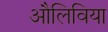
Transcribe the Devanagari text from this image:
औलिविया